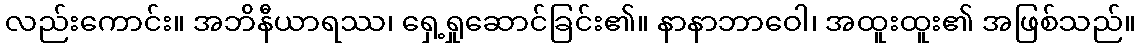
လည်းကောင်း။ အဘိနီယာရဿ၊ ရှေ့ရှုဆောင်ခြင်း၏။ နာနာဘာဝေါ၊ အထူးထူး၏ အဖြစ်သည်။